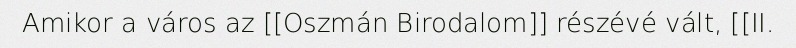
Amikor a város az [[Oszmán Birodalom]] részévé vált, [[II.